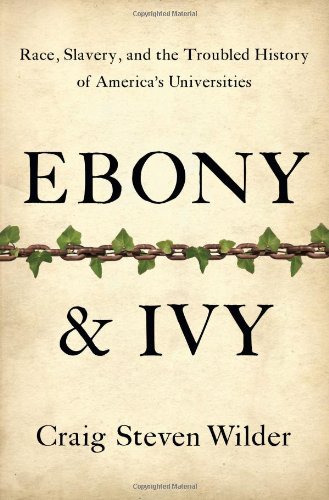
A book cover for Ebony and Ivy: Race, Slavery, and the Troubled History of America's Universities; Craig Steven Wilder; History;